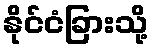
နိုင်ငံခြားသို့